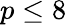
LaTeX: p\le 8